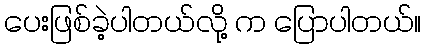
ပေးဖြစ်ခဲ့ပါတယ်လို့ က ပြောပါတယ်။